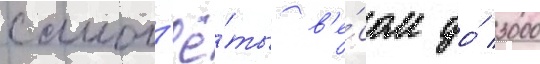
самол'ё́ты в'е́сом до́ 3000